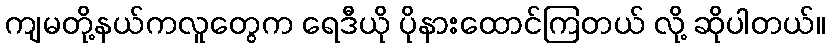
ကျမတို့နယ်ကလူတွေက ရေဒီယို ပိုနားထောင်ကြတယ် လို့ ဆိုပါတယ်။